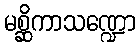
မစ္ဆိကာသဏ္ဍော